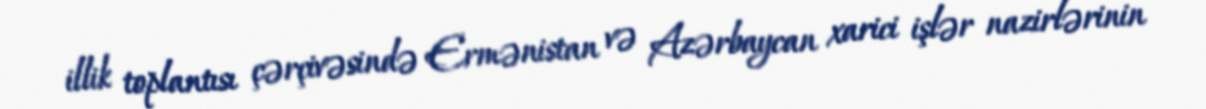
illik toplantısı çərçivəsində Ermənistan və Azərbaycan xarici işlər nazirlərinin